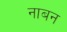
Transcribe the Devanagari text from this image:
नाबन